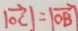
\vert \overrightarrow { O C } \vert = \vert \overrightarrow { O B } \vert